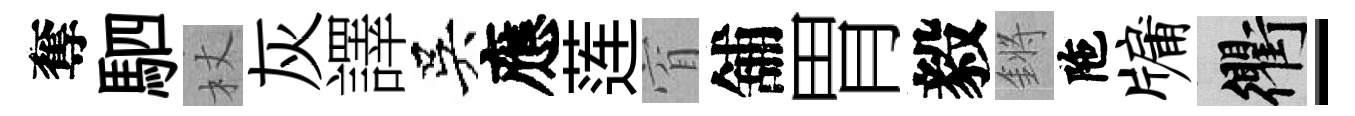
奪駟杖灰譯吳應莲窅舖胃毅鏘陁牖衢-